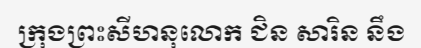
ក្រុងព្រះសីហនុលោក ជិន សារិន នឹង